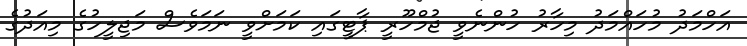
އަހްމަދު މުހައްމަދު މިހާރު ހުންނެވީ ޖުމްހޫރީ ޕާޓީގައި ކަމަށްވީ ނަމަވެސް މަޖިލީހުގެ މިއަދުގެ